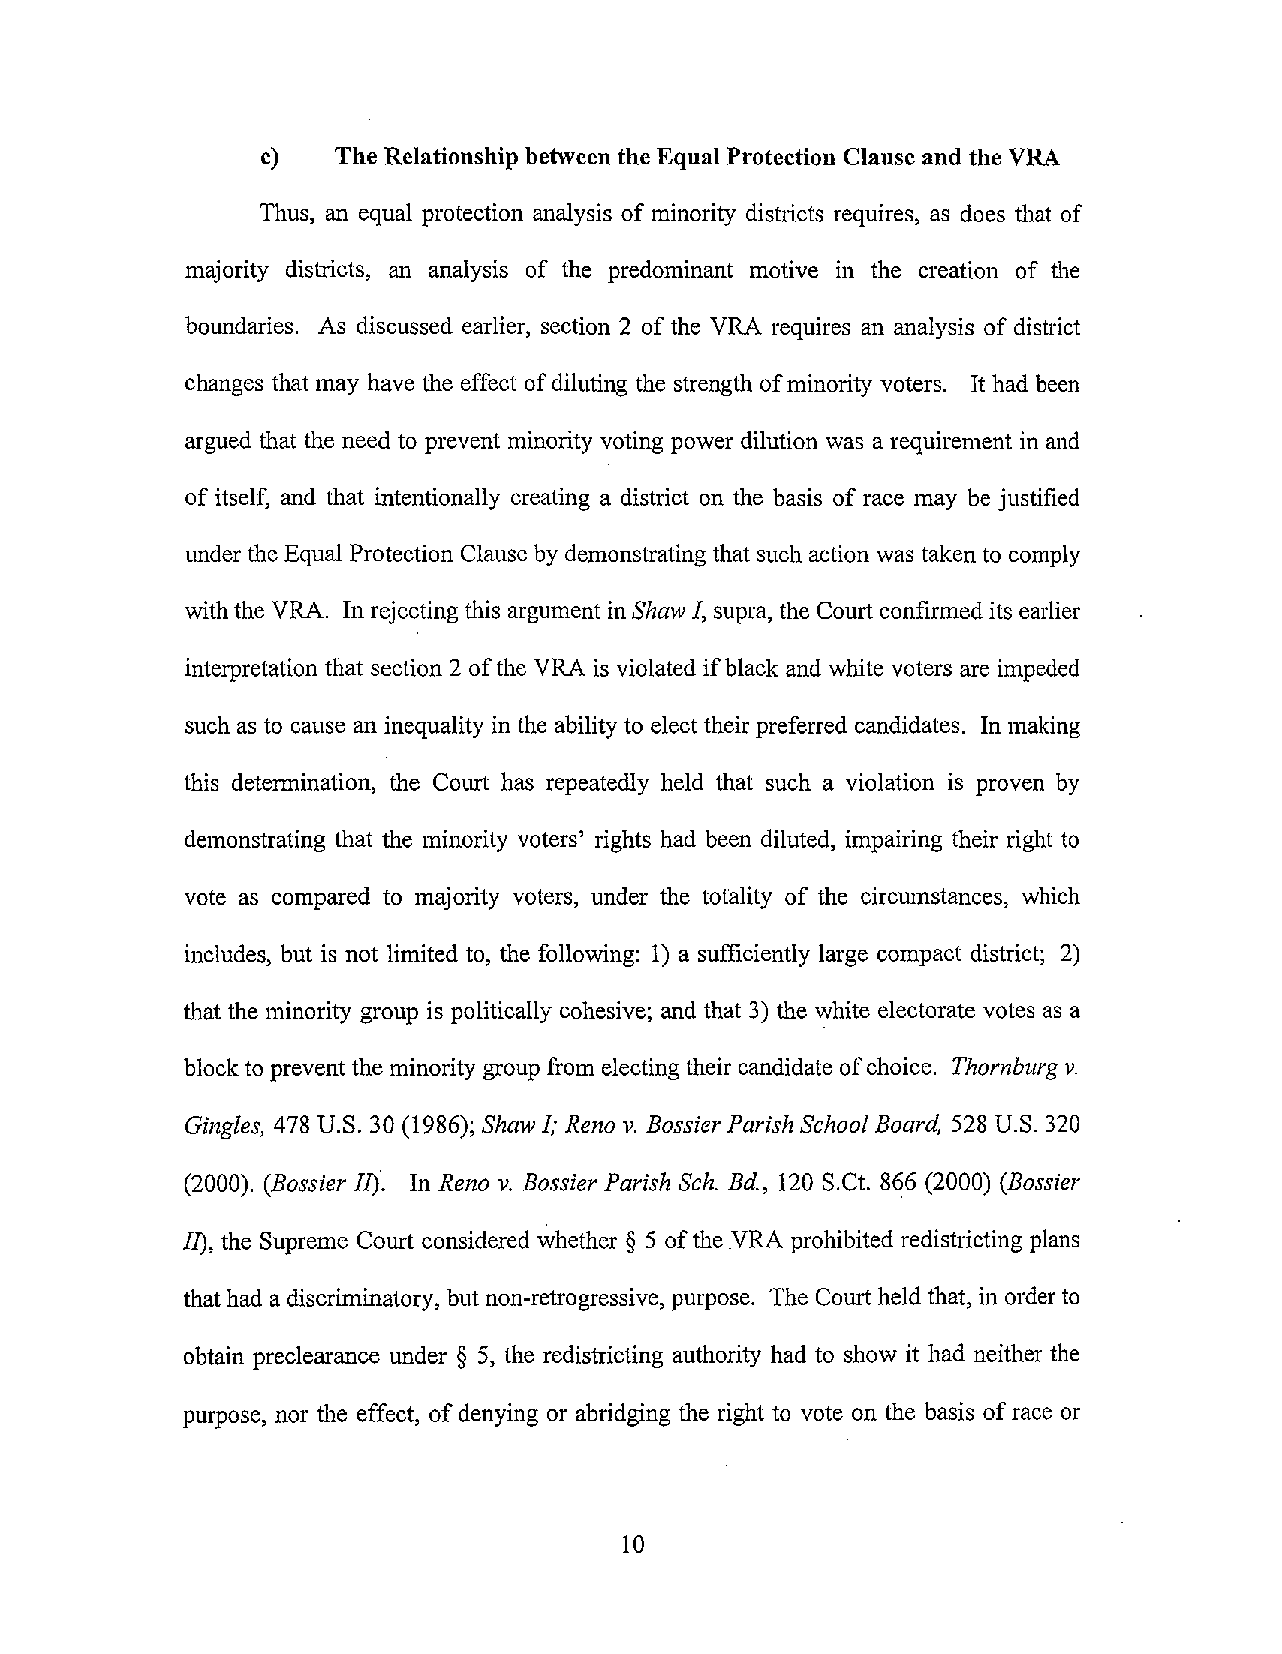
c)   The Relationship between the EqualProtection Clause and the VRA
 Thus, an equal protection analysis of minority districts requires, as does that of
 majority districts, an analysis of the predominant motive in the creation of the
 boundaries. As discussed earlier, section 2 of the VRA requires an analysis of district
 changes that may have the effect ofdiluting the strength ofminority voters. It had been
 argued that the need to prevent minority voting power dilution was a requirement in and
 of itself, and that intentionally creating a district on the basis of race may be justified
 under the Equal Protection Clause by demonstrating that such action was taken to comply
 withthe VRA. In rejecting this argument inShaw I, supra, the COUliconfirmedits earlier
 interpretation that section 2 ofthe VRA is violated ifblack and white voters are impeded
 such as to cause an inequality in the ability to elect their preferred candidates. In making
 this determination, the Court has repeatedly held that such a violation is proven by
 demonstrating that the minority voters' rights had been diluted, impairing their right to
 vote as compared to majority voters, under the totality of the circUlnstances, which
 includes, but is not limited to, the following: I) a sufficiently large compact district; 2)
 that the minority group is politically cohesive; and that 3) the white electorate votes as a
 blockto prevent the minority group from electingtheir candidate ofchoice. Thornburg v.
 Gingles, 478 U.S. 30 (1986); Shaw I; Reno v. Bossier Parish School Board, 528 U.S. 320
 (2000). (Bossier II). In Reno v. Bossier Parish Sch. Bd., 120 S.Ct. 866 (2000) (Bossier
 II), the Supreme Court considered whether § 5 oftheVRA prohibited redistricting plans
 thathad a discriminatory, but non-retrogressive, purpose. The Court held that, in order to
 obtain preclearance under § 5, the redistricting authority had to show it had neither the
 purpose, nor the effect, ofdenying or abridging the right to vote on the basis ofrace or
 10